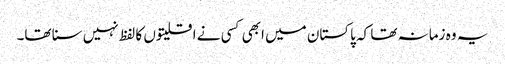
یہ وہ زمانہ تھا کہ پاکستان میں ابھی کسی نے اقلیتوں کا لفظ نہیں سنا تھا۔